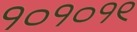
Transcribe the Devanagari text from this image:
१०१०१९